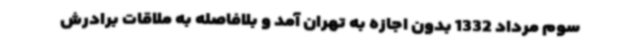
سوم مرداد 1332 بدون اجازه به تهران آمد و بلافاصله به ملاقات برادرش